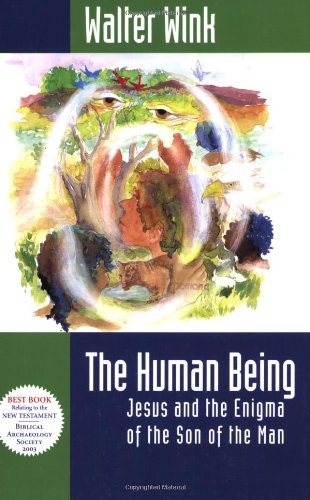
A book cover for The Human Being: Jesus and the Enigma of the Son of the Man; Walter Wink; Christian Books & Bibles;